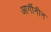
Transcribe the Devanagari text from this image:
आर्गीनीन